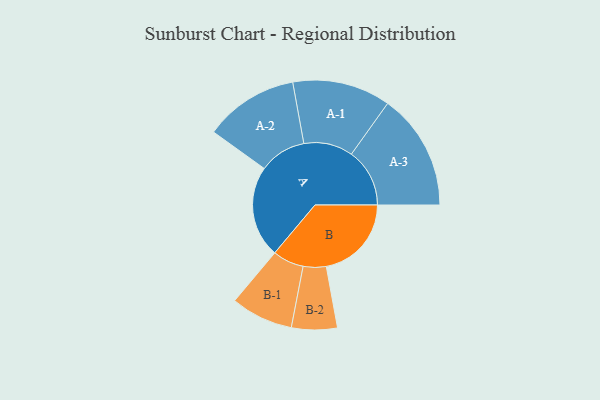
{"axis": {"x": "Segment", "y": "Value"}, "legend": ["", "A", "B"], "data": [{"x": "A", "y": 409, "type": ""}, {"x": "B", "y": 380, "type": ""}, {"x": "A-1", "y": 219, "type": "A"}, {"x": "A-2", "y": 210, "type": "A"}, {"x": "A-3", "y": 260, "type": "A"}, {"x": "B-1", "y": 139, "type": "B"}, {"x": "B-2", "y": 102, "type": "B"}]}